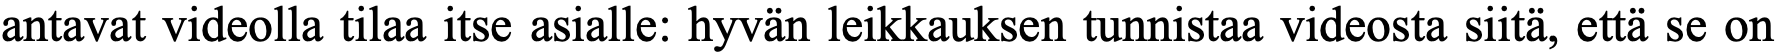
antavat videolla tilaa itse asialle: hyvän leikkauksen tunnistaa videosta siitä, että se on